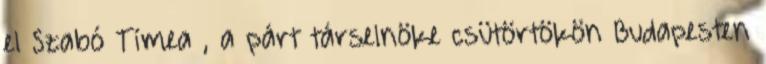
el Szabó Tímea , a párt társelnöke csütörtökön Budapesten